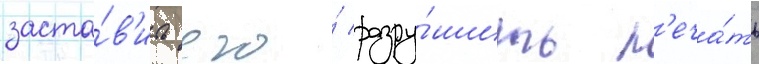
заста́в'ить его́ разру́шить п'еча́ть